Dysentery and liver abscess in Bombay - Number 47
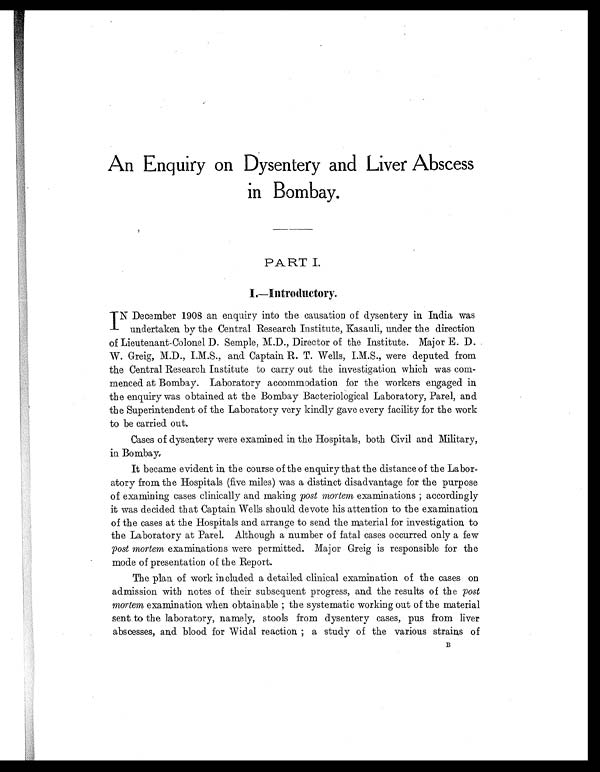
An Enquiry on Dysentery and Liver Abscess
in Bombay.
PART I
I.—Introductory.
I ND e c e mb e r 1 9 0 8 a n e n q u i r y i n t o t h e c a u s a t i o n o f d y s e n t e r y i n I n d i a wa s
undertaken by the Central Research Institute, Kasauli, under the direction
of Lieutenant-Colonel D. Semple, M.D., Director of the Institute. Major E. D.
W. Greig, M.D., I.M.S., and Captain R. T. Wells, I.M.S., were deputed from
the Central Research Institute to carry out the investigation which was com
- me n c e d a t Bo mb a y . L a b o r a t o r y a c c o mmo d a t i o n f o r t h e wo r k e r s e n g a g e d i n
the enquiry was obtained at the Bombay Bacteriological Laboratory, Parel, and
the Superintendent of the Laboratory very kindly gave every facility for the work
to be carried out.
Cases of dysentery were examined in the Hospitals, both Civil and Military,
in Bombay.
It became evident in the course of the enquiry that the distance of the Labor
- a t o r y f r o m t h e H o s p i t a l s ( f i v e m i l e s ) w a s a d i s t i n c t d i s a d v a n t a g e f o r t h e p u r p o s e
of examining cases clinically and making post mortem examinations ; accordingly
it was decided that Captain Wells should devote his attention to the examination
of the cases at the Hospitals and arrange to send the material for investigation to
the Laboratory at Parel. Although a number of fatal cases occurred only a few
post mortem examinations were permitted. Major Greig is responsible for the
mode of presentation of the Report.
The plan of work included a detailed clinical examination of the cases on
admission with notes of their subsequent progress, and the results of the post
mortem examination when obtainable ; the systematic working out of the material
sent to the laboratory, namely, stools from dysentery cases, pus from liver
abscesses, and blood for Widal reaction ; a study of the various strains of
B